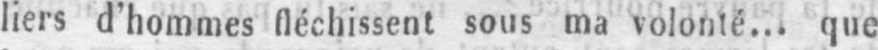
liers d’hommes fléchissent sous ma volonté... que